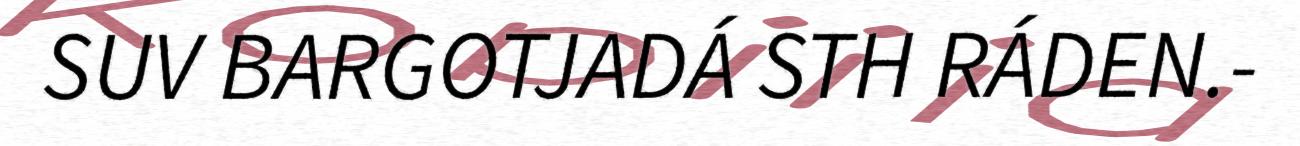
SUV BARGOTJADÁ STH RÁDEN.-